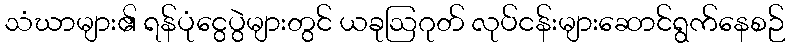
သံဃာများ၏ ရန်ပုံငွေပွဲများတွင် ယခုဩဂုတ် လုပ်ငန်းများဆောင်ရွက်နေစဉ်